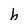
Character: h